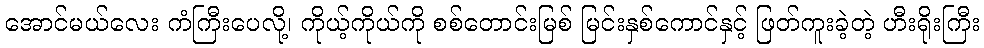
အောင်မယ်လေး ကံကြီးပေလို့၊ ကိုယ့်ကိုယ်ကို စစ်တောင်းမြစ် မြင်းနှစ်ကောင်နှင့် ဖြတ်ကူးခဲ့တဲ့ ဟီးရိုးကြီး